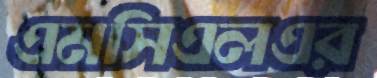
এমসিএলএর